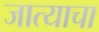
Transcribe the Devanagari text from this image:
जात्याचा